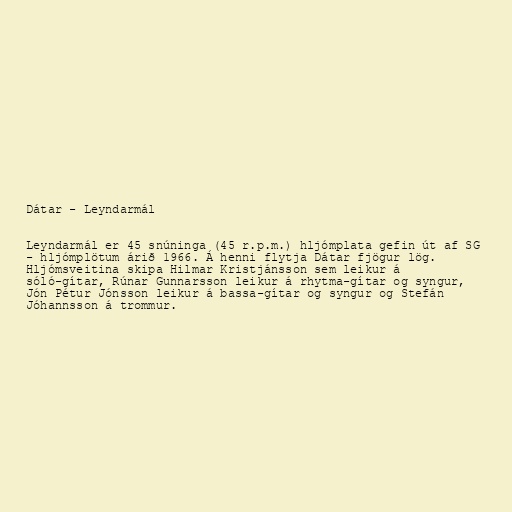
Dátar - Leyndarmál

Leyndarmál er 45 snúninga (45 r.p.m.) hljómplata gefin út af SG
- hljómplötum árið 1966. Á henni flytja Dátar fjögur lög.
Hljómsveitina skipa Hilmar Kristjánsson sem leikur á
sóló-gítar, Rúnar Gunnarsson leikur á rhytma-gítar og syngur,
Jón Pétur Jónsson leikur á bassa-gítar og syngur og Stefán
Jóhannsson á trommur.